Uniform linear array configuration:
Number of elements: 48
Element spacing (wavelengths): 0.75
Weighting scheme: hann
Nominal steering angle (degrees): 45
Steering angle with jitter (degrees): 44.042
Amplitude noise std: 0.05
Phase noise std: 0.05

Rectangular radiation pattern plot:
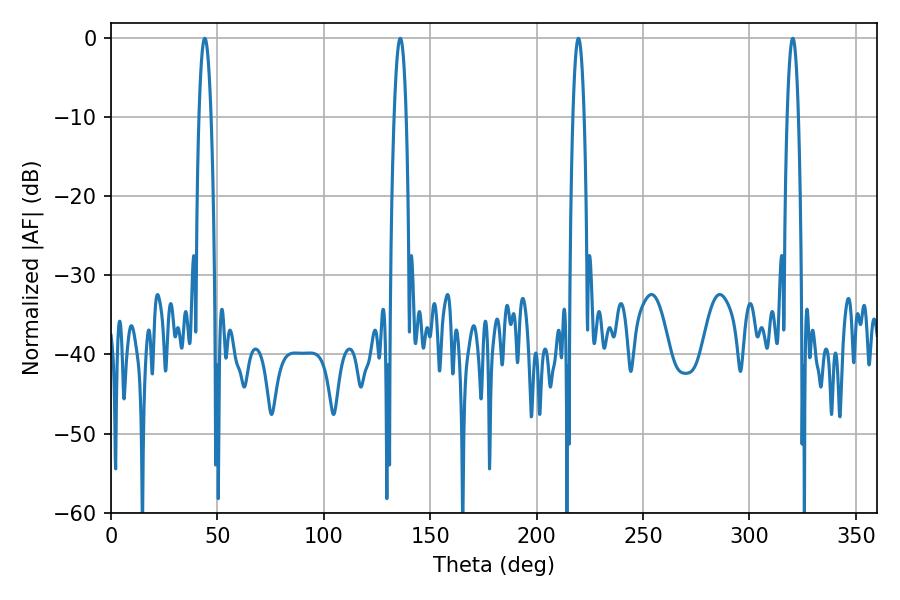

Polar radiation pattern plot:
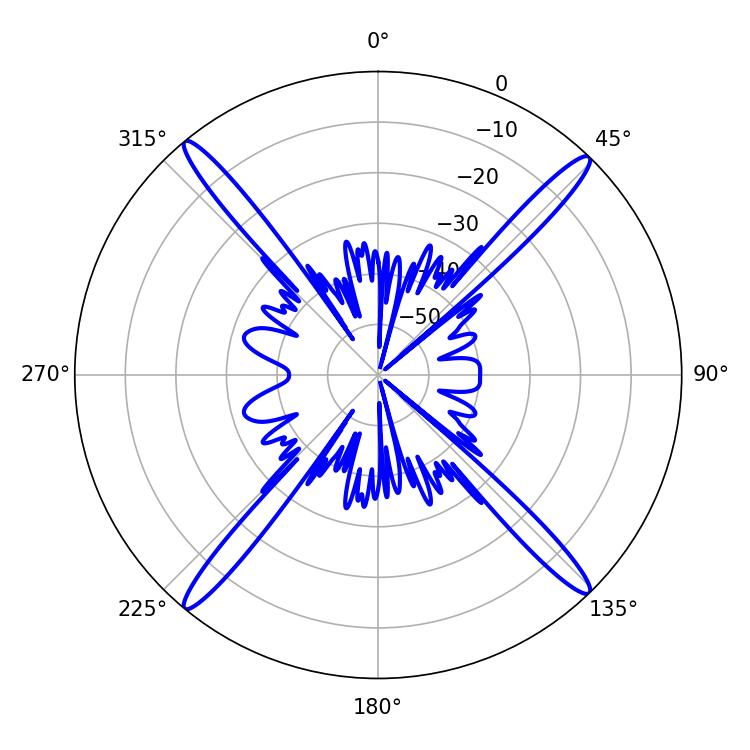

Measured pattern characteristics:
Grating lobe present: TRUE
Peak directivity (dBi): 22.28
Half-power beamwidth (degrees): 2.88
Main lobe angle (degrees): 219.6